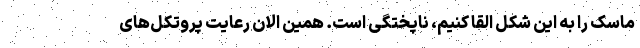
ماسک را به این شکل القا کنیم، ناپختگی است. همین الان رعایت پروتکل‌های